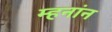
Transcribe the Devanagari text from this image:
म्हनांन